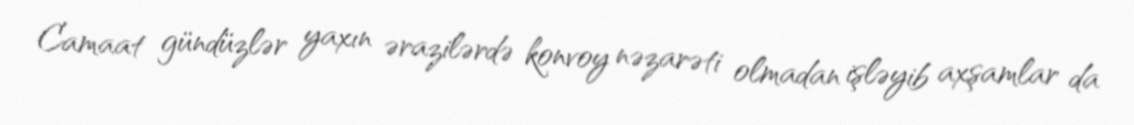
Camaat gündüzlər yaxın ərazilərdə konvoy nəzarəti olmadan işləyib axşamlar da